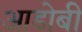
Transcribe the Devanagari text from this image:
आडोबी